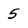
Character: 5